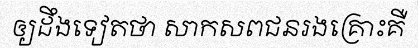
ឲ្យដឹងទៀតថា សាកសពជនរងគ្រោះគឺ